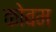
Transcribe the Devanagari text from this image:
कोबम